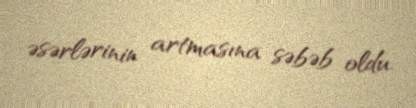
əsərlərinin artmasına səbəb oldu.